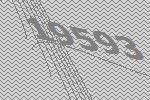
19593